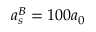
a _ { s } ^ { B } = 1 0 0 a _ { 0 }